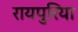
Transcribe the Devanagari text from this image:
रायपुरिया